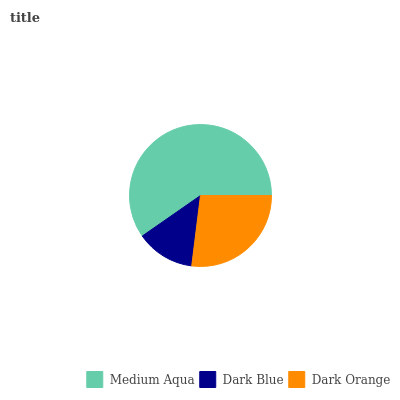
| Medium Aqua | Dark Blue | Dark Orange |
 | --- | --- | --- |
 | 59.7% | 13.4% | 26.9% |